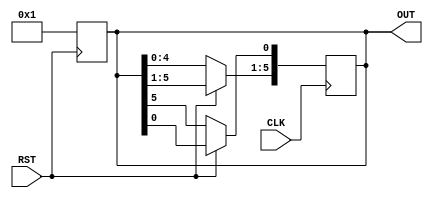
module RC_design(
    input CLK, RST,
    output reg [5:0] OUT
);

    always @ (posedge CLK) begin  
        if (!RST) begin
            OUT <= OUT << 1;
            OUT[0] <= OUT[5];
        end   
    end
    
    always @ (posedge RST) begin   
        OUT <= 6'b1;
    end

endmodule